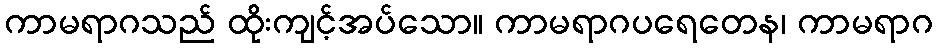
ကာမရာဂသည် ထိုးကျင့်အပ်သော။ ကာမရာဂပရေတေန၊ ကာမရာဂ